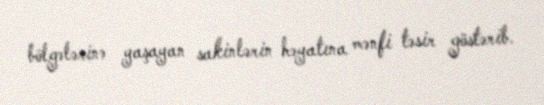
bölgələrinə yaşayan sakinlərin həyatına mənfi təsir göstərib.